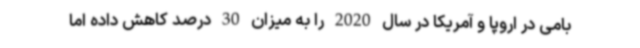
بامی در اروپا و آمریکا در سال 2020 را به میزان 30 درصد کاهش داده اما